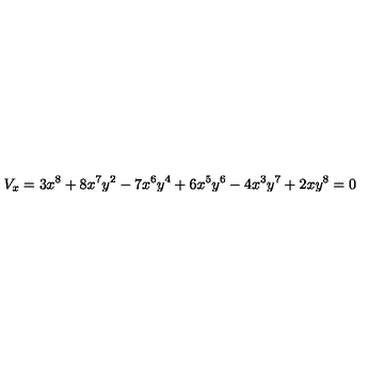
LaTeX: V _ { x } = 3 { x ^ { 8 } } + 8 { x ^ { 7 } } { y ^ { 2 } } - 7 { x ^ { 6 } } { y ^ { 4 } } + 6 { x ^ { 5 } } { y ^ { 6 } } - 4 { x ^ { 3 } } { y ^ { 7 } } + 2 x { y ^ { 8 } } = 0